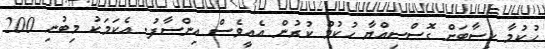
ހުކުމާ ހިސާބަށް ގޮސްސިއްޔާ ހުކުމް ކުރުން އެއީވެސް އިންސާފު. އެކަމަކު މިބުނި 200